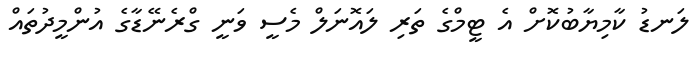
ލަނޑު ކާމިޔާބުކޮށް އެ ޓީމްގެ ތަރި ލައޮނަލް މެސީ ވަނީ ގްރެނޭޑާގެ އުންމީދުތައް